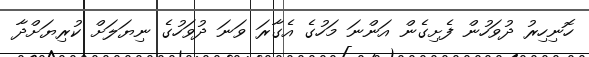
ހޮނިހިރު ދުވަހުން ފެށިގެން އަންނަ މަހުގެ އެގާރަ ވަނަ ދުވަހުގެ ނިޔަލަށް ކުރިޔަށްދާ